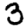
Digit: 3